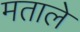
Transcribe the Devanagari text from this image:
मताले